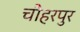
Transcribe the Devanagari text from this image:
चौहरपुर